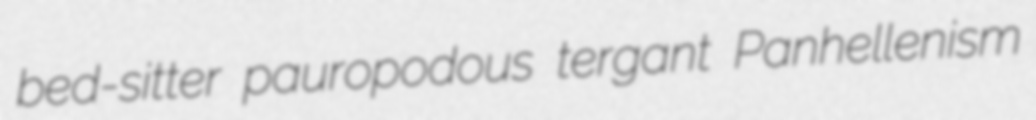
bed-sitter pauropodous tergant Panhellenism